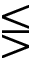
\lesseqgtr